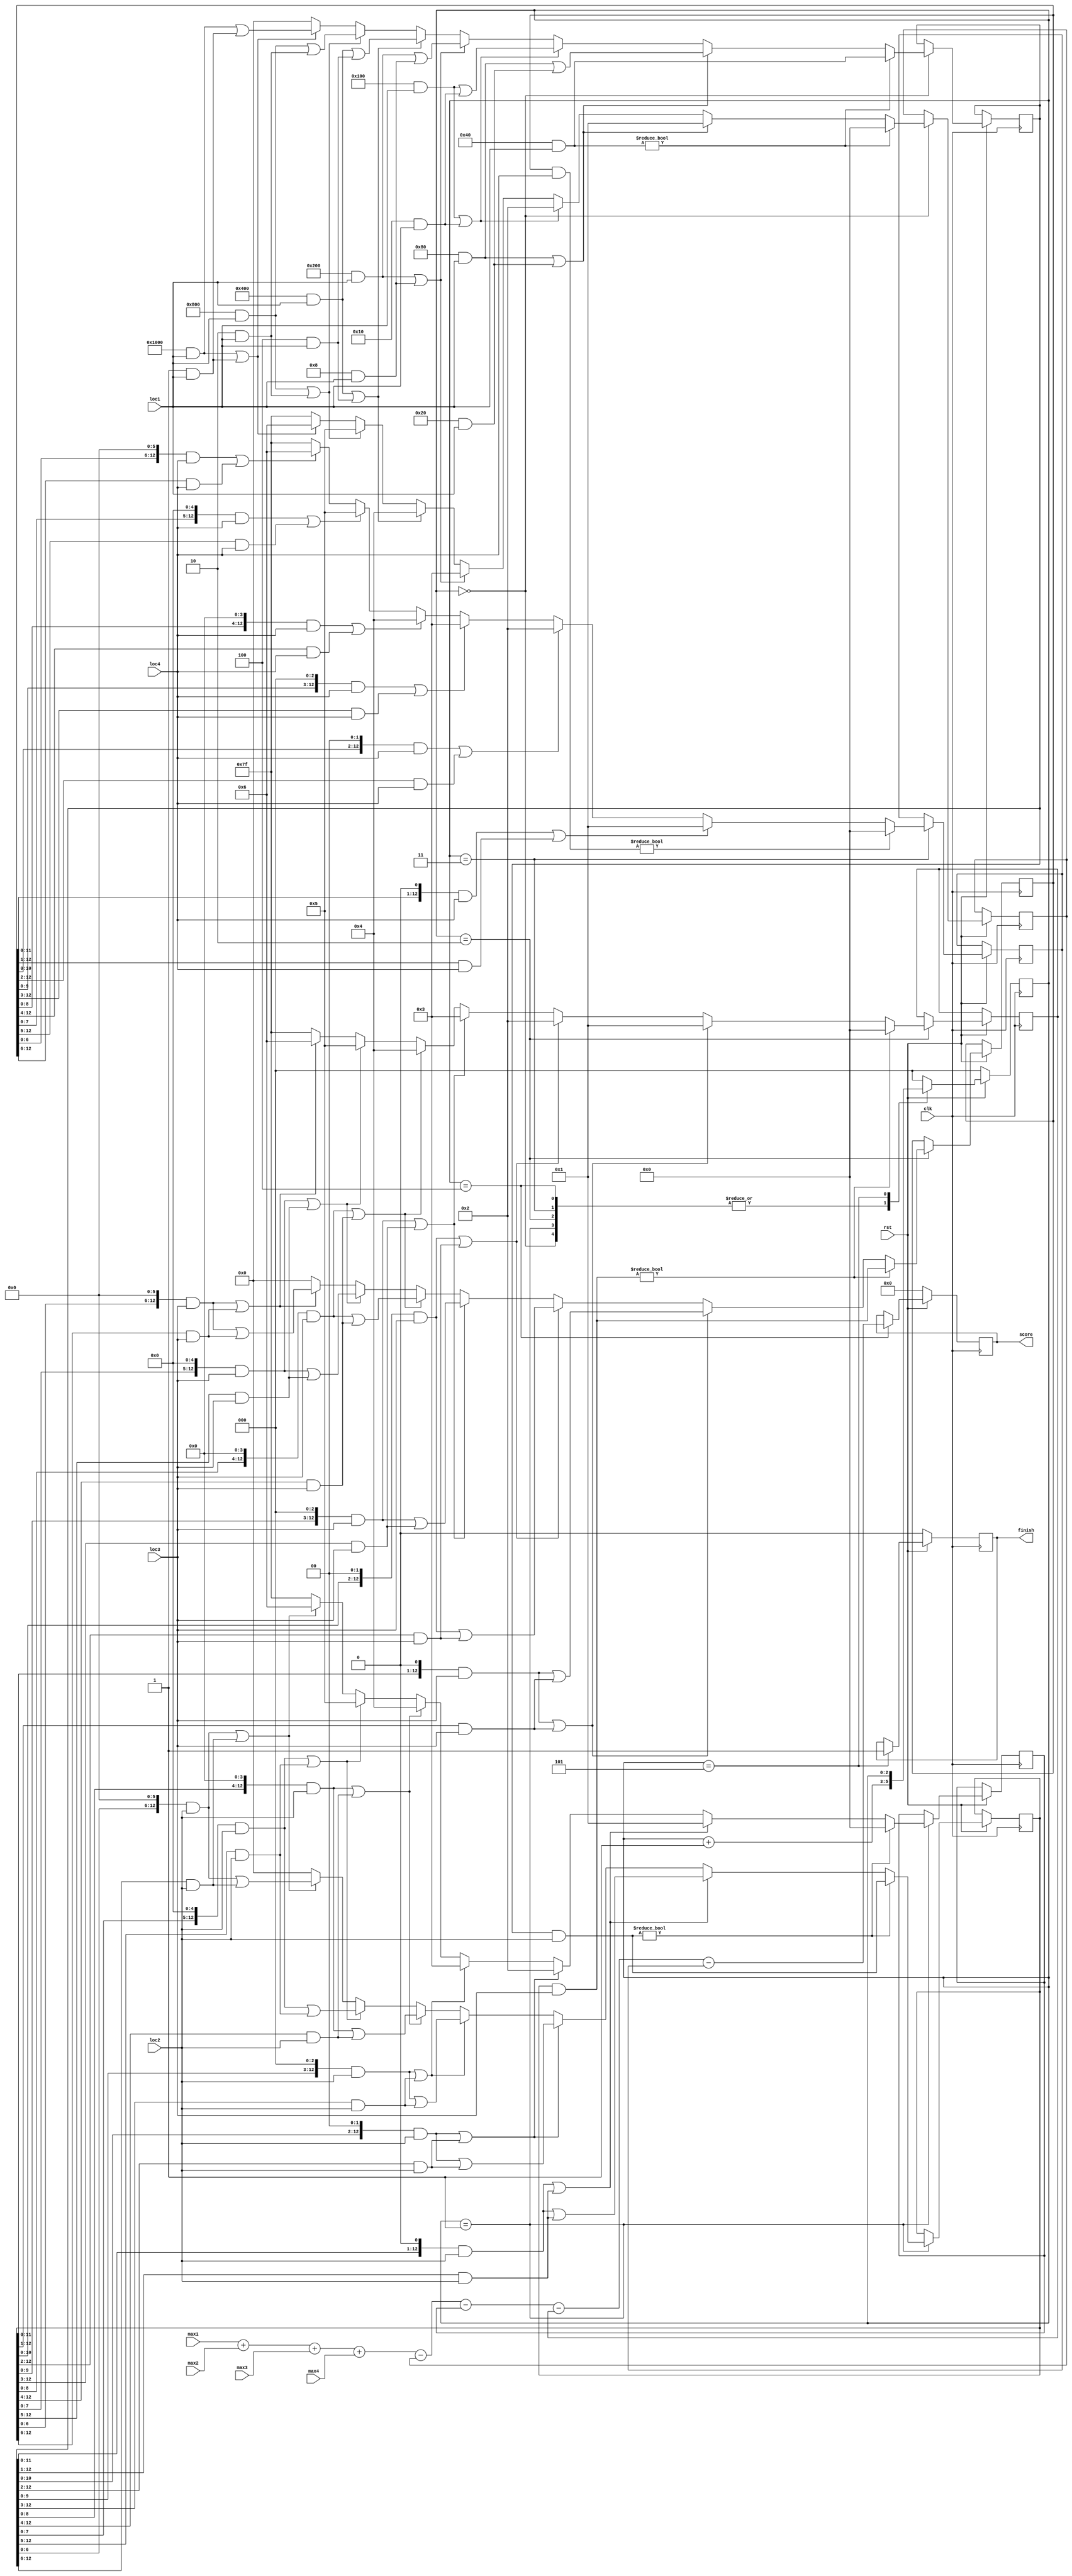
`timescale 1ns / 1ps
//////////////////////////////////////////////////////////////////////////////////
// Company: 
// Engineer: 
// 
// Design Name: 
// Module Name: Score_calculate
// Project Name: 
// Target Devices: 
// Tool Versions: 
// Description: 
// 
// Dependencies: 
// 
// Revision:
// Revision 0.01 - File Created
// Additional Comments:
// 
//////////////////////////////////////////////////////////////////////////////////


module Score_calculate(clk,rst,max1,max2,max3,max4,loc1,loc2,loc3,loc4,score,finish);

input               clk;
input               rst;
input[6:0]          max1;
input[6:0]          max2;
input[6:0]          max3;
input[6:0]          max4;
input[12:0]         loc1;
input[12:0]         loc2;
input[12:0]         loc3;
input[12:0]         loc4;
output[9:0]         score;
output              finish;


wire[12:0]          loc0;
reg[12:0]           LOC1, LOC2, LOC3,LOC4;
reg [2:0]           state;
reg [6:0]           sum1, sum2, sum3, sum4;
reg[9:0]            score;
reg                 finish;

assign loc0 = 13'b0000001000000;

always@(posedge clk)        
begin
   if(!rst)
    begin
        score <= 0;
        state <= 0;
        finish <= 0;
      end
   else 
      begin   
        case(state)
        3'd0: 
            begin
            state <= state + 1;
            if (loc0 & loc1)
               begin
                sum1 <= 0;
                LOC1 <= loc1 & loc0;
               end
            else if (((loc0<<1)&loc1)||((loc0>>1)&loc1))
               begin
                sum1 <= 1;
                LOC1 <= ((loc0<<1)&loc1)|((loc0>>1)&loc1);
               end
            else if (((loc0<<2)&loc1)||((loc0>>2)&loc1))
               begin
                sum1 <= 2;
                LOC1 <= ((loc0<<2)&loc1)|((loc0>>2)&loc1);
               end
            else if (((loc0<<3)&loc1)||((loc0>>3)&loc1))
               begin
                sum1 <= 3;
                LOC1 <= ((loc0<<3)&loc1)|((loc0>>3)&loc1);
               end
            else if (((loc0<<4)&loc1)||((loc0>>4)&loc1))
               begin
                sum1 <= 4;
                LOC1 <= ((loc0<<4)&loc1)|((loc0>>4)&loc1);
               end
           else if (((loc0<<5)&loc1)||((loc0>>5)&loc1))
               begin
                sum1 <= 5;
                LOC1 <= ((loc0<<5)&loc1)|((loc0>>5)&loc1);
               end
           else if (((loc0<<6)&loc1)||((loc0>>6)&loc1))
               begin
                sum1 <= 6;
                LOC1 <= ((loc0<<6)&loc1)|((loc0>>6)&loc1);
               end                       
            else
                begin
                 sum1 <= 127;
                 LOC1 <= 13'd0; 
                end
            end
          
        3'd1:
            begin   
            state <= state + 1;
            if (LOC1 & loc2)
               begin
                sum2 <= 0;
                LOC2 <= loc2 & LOC1;
               end
            else if (((LOC1<<1)&loc2)||((LOC1>>1)&loc2))
               begin
                sum2 <= 1;
                LOC2 <= ((LOC1<<1)&loc2)|((LOC1>>1)&loc2);
               end
            else if (((LOC1<<2)&loc2)||((LOC1>>2)&loc2))
               begin
                sum2 <= 2;
                LOC2 <= ((LOC1<<2)&loc2)|((LOC1>>2)&loc2);
               end
            else if (((LOC1<<3)&loc2)||((LOC1>>3)&loc2))
               begin
                sum2 <= 3;
                LOC2 <= ((LOC1<<3)&loc2)|((LOC1>>3)&loc2);
               end
            else if (((LOC1<<4)&loc2)||((LOC1>>4)&loc2))
               begin
                sum2 <= 4;
                LOC2 <= ((LOC1<<4)&loc2)|((LOC1>>4)&loc2);
               end
            else if (((LOC1<<5)&loc2)||((LOC1>>5)&loc2))
               begin
                sum2 <= 5;
                LOC2 <= ((LOC1<<5)&loc2)|((LOC1>>5)&loc2);
               end
            else if (((LOC1<<6)&loc2)||((LOC1>>6)&loc2))
               begin
                sum2 <= 6;
                LOC2 <= ((LOC1<<6)&loc2)|((LOC1>>6)&loc2);
               end
            else
                begin
                 sum2 <= 127;
                 LOC2 <= 13'd0; 
                end
            end
       
        3'd2:
        begin   
            state <= state + 1;
            if (LOC2 & loc3)
               begin
                sum3 <= 0;
                LOC3 <= loc3 & LOC2;
               end
            else if (((LOC2<<1)&loc3)||((LOC2>>1)&loc3))
               begin
                sum3 <= 1;
                LOC3 <= ((LOC2<<1)&loc3)|((LOC2>>1)&loc3);
               end
            else if (((LOC2<<2)&loc3)||((LOC2>>2)&loc3))
               begin
                sum3 <= 2;
                LOC3 <= ((LOC2<<2)&loc3)|((LOC2>>2)&loc3);
               end
            else if (((LOC2<<3)&loc3)||((LOC2>>3)&loc3))
               begin
                sum3 <= 3;
                LOC3 <= ((LOC2<<3)&loc3)|((LOC2>>3)&loc3);
               end
            else if (((LOC2<<4)&loc3)||((LOC2>>4)&loc3))
               begin
                sum3 <= 4;
                LOC3 <= ((LOC2<<4)&loc3)|((LOC2>>4)&loc3);
               end
            else if (((LOC2<<5)&loc3)||((LOC2>>5)&loc3))
               begin
                sum3 <= 5;
                LOC3 <= ((LOC2<<5)&loc3)|((LOC2>>5)&loc3);
               end
            else if (((LOC2<<6)&loc3)||((LOC2>>6)&loc3))
               begin
                sum3 <= 6;
                LOC3 <= ((LOC2<<6)&loc3)|((LOC2>>6)&loc3);
               end
            else
                begin
                 sum3 <= 127;
                 LOC3 <= 13'd0; 
                end
            end
            
        3'd3:
        begin   
            state <= state + 1;
            if (LOC3 & loc4)
               begin
                sum4 <= 0;
                LOC4 <= loc4 & LOC3;
               end
            else if (((LOC3<<1)&loc4)||((LOC3>>1)&loc4))
               begin
                sum4 <= 1;
                LOC4 <= ((LOC3<<1)&loc4)|((LOC3>>1)&loc4);
               end
            else if (((LOC3<<2)&loc4)||((LOC3>>2)&loc4))
               begin
                sum4 <= 2;
                LOC4 <= ((LOC3<<2)&loc4)|((LOC3>>2)&loc4);
               end
            else if (((LOC3<<3)&loc4)||((LOC3>>3)&loc4))
               begin
                sum4 <= 3;
                LOC4 <= ((LOC3<<3)&loc4)|((LOC3>>3)&loc4);
               end
            else if (((LOC3<<4)&loc4)||((LOC3>>4)&loc4))
               begin
                sum4 <= 4;
                LOC4 <= ((LOC3<<4)&loc4)|((LOC3>>4)&loc4);
               end
            else if (((LOC3<<5)&loc4)||((LOC3>>5)&loc4))
               begin
                sum4 <= 5;
                LOC4 <= ((LOC3<<5)&loc4)|((LOC3>>5)&loc4);
               end
            else if (((LOC3<<6)&loc4)||((LOC3>>6)&loc4))
               begin
                sum4 <= 6;
                LOC4 <= ((LOC3<<6)&loc4)|((LOC3>>6)&loc4);
               end
            else
                begin
                 sum4 <= 127;
                 LOC4 <= 13'd0; 
                end
            end
    
         3'd4:
           begin
            state <= state + 1;
            score <= max1 + max2 + max3 + max4 - sum1 - sum2 - sum3 - sum4;                
           end    
           
         3'd5:
            begin
              finish <= 1;
              score <= score;
              state <= state;
            end
        default: state <= 0;         
       endcase
     end
 end 

endmodule